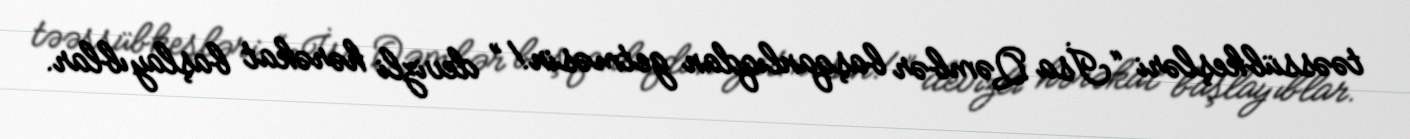
təəssübkeşləri “İsa Qəmbər başqanlıqdan getməsin!” devizli hərəkat başlayıblar.